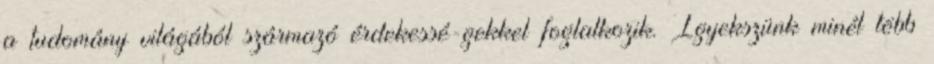
a tudomány világából származó érdekessé-gekkel foglalkozik. Igyekszünk minél több